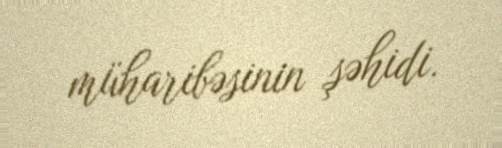
müharibəsinin şəhidi.